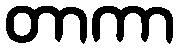
တာကာ